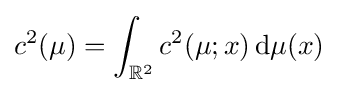
c^{2}(\mu )=\int _{\mathbb {R} ^{2}}c^{2}(\mu ;x)\,\mathrm {d} \mu (x)